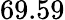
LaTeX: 69.59